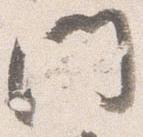
門